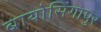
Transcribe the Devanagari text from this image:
बायोसिंगापुर